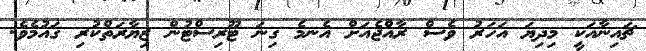
ޗައިނާއަކީ މިދިޔަ އަހަރު ވެސް ރާއްޖެއަށް އެނމެ ގިނަ ޓޫރިސްޓުން ޒިޔާރަތްކުރި ގައުމެވެ.